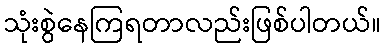
သုံးစွဲနေကြရတာလည်းဖြစ်ပါတယ်။